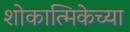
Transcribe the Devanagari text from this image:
शोकात्मिकेच्या